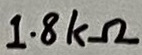
Text: 1.8kΩ